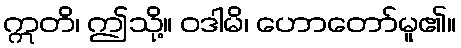
ဣတိ၊ ဤသို့။ ဝဒါမိ၊ ဟောတော်မူ၏။